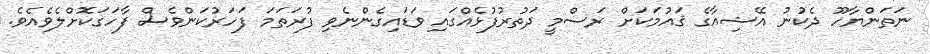
ނަތަންޔާހޫ ދެކުނު އޭޝިއާގެ ޤައުމަކަށް ރަސްމީ ދަތުރުފުޅެއްގައި ވަޑައިގެންނެވި ފުރަތަމަ ފަހަރުކަންވެސް ފާހަގަކޮށްލެވެއެވެ.